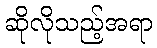
ဆိုလိုသည့်အရာ